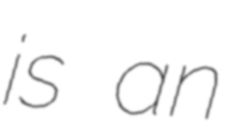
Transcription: is an